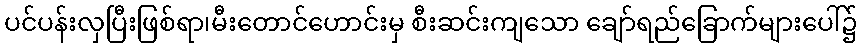
ပင်ပန်းလှပြီးဖြစ်ရာ၊မီးတောင်ဟောင်းမှ စီးဆင်းကျသော ချော်ရည်ခြောက်များပေါ်၌